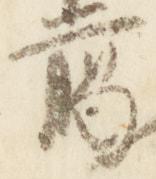
臈